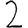
Digit: 2